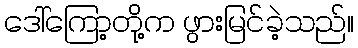
ဒေါ်ကြော့တို့က ဖွားမြင်ခဲ့သည်။